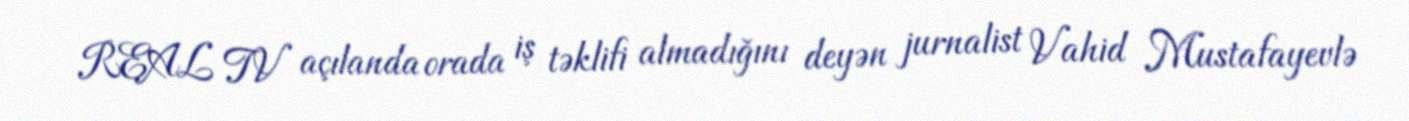
REAL TV açılanda orada iş təklifi almadığını deyən jurnalist Vahid Mustafayevlə